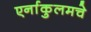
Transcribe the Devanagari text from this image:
एर्नाकुलमचे